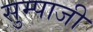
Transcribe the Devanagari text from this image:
सुम्पाजी